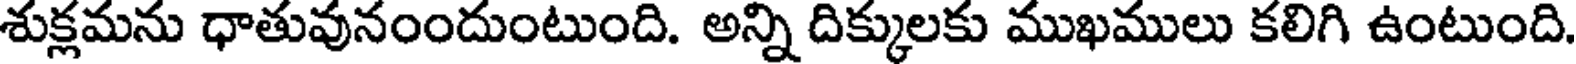
శుక్లమను ధాతువునంందుంటుంది. అన్ని దిక్కులకు ముఖములు కలిగి ఉంటుంది